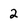
Character: 2